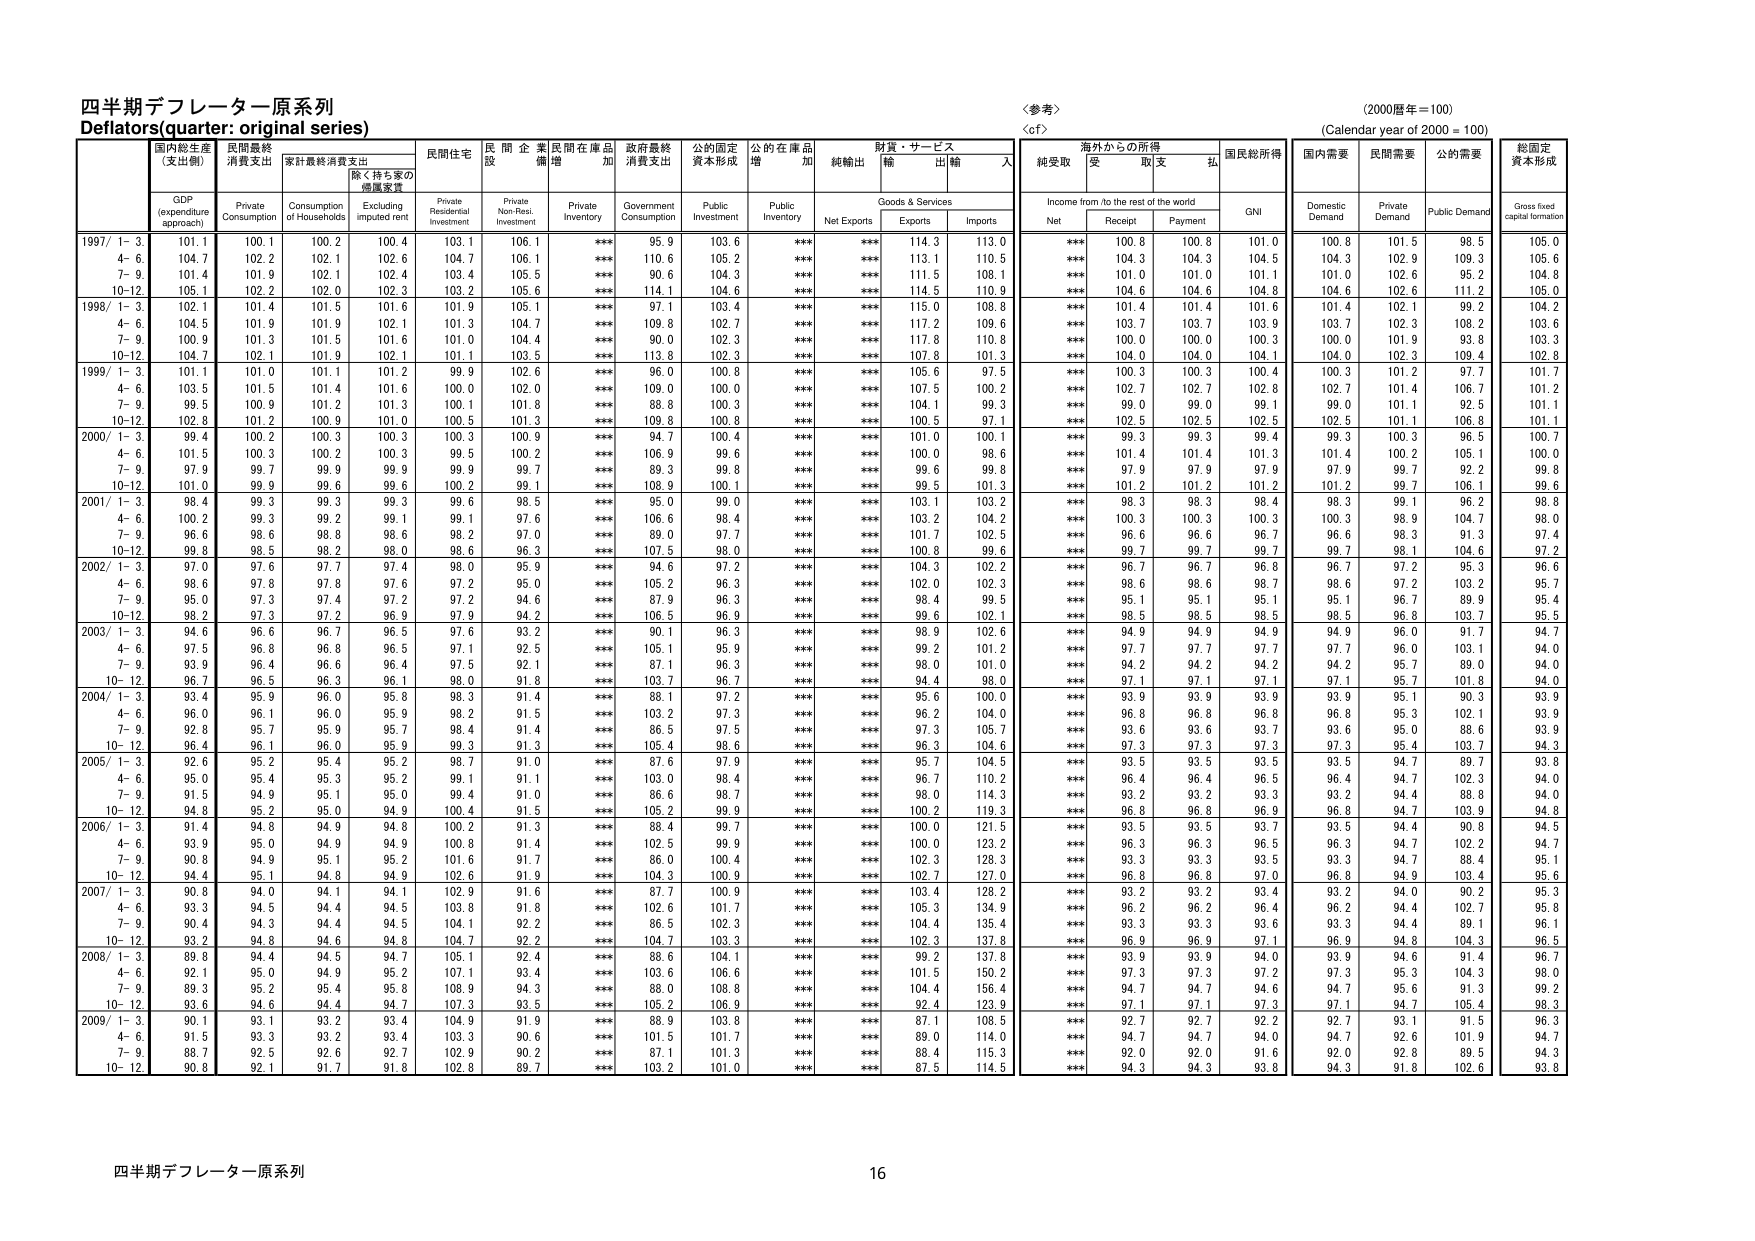
四半期デフレーター原系列
Deflators (quarter: original series)

〈参考〉
〈cf〉
(2000暦年＝100)
(Calendar year of 2000 = 100)

国内総生産
(支出側)
GDP
(expenditure approach)

民間最終
消費支出
Private
Consumption

家計最終消費支出
Consumption
of Households

除く持ち家の
賃貸家賃
Excluding
imputed rent

民間住宅
投資
Private
Residential
Investment

民 間 企 業
非住宅投資
Non-Resi.
Investment

民間在庫品
増加
Private
Inventory

政府最終
消費支出
Government
Consumption

公的固定
資本形成
Public
Investment

公的在庫品
増加
Public
Inventory

純輸出
Net Exports

財貨・サービス
輸出
Exports

財貨・サービス
輸入
Imports

海外からの所得
Income from /to the rest of the world

純受取
Net

受取
Receipt

支払
Payment

国民総所得
GNI

国内需要
Domestic
Demand

民間需要
Private
Demand

公的需要
Public Demand

総固定
資本形成
Gross fixed
capital formation

1997/ 1- 3.
101.1
100.1
100.2
100.4
103.1
106.1
***
95.9
103.6
***
***
114.3
113.0
***
100.8
100.8
101.0
100.8
101.5
98.5
105.0

4- 6.
104.7
102.2
102.1
102.6
104.7
106.1
***
110.6
105.2
***
***
113.1
110.5
***
104.3
104.3
104.5
104.3
102.9
109.3
105.6

7- 9.
101.4
101.9
102.1
102.4
103.4
105.5
***
90.6
104.3
***
***
111.5
108.1
***
101.0
101.0
101.1
101.0
102.6
95.2
104.8

10-12
105.1
102.2
102.0
102.3
103.2
105.6
***
114.1
104.6
***
***
114.5
110.9
***
104.6
104.6
104.8
104.6
102.6
111.2
105.0

1998/ 1- 3.
102.1
101.4
101.5
101.6
101.9
105.1
***
97.1
103.4
***
***
115.0
108.8
***
101.4
101.4
101.6
101.4
102.1
99.2
104.2

4- 6.
104.5
101.9
101.9
102.1
101.3
104.7
***
109.8
102.7
***
***
117.2
109.6
***
103.7
103.7
103.9
103.7
102.3
108.2
103.6

7- 9.
100.9
101.3
101.5
101.6
101.0
104.4
***
90.0
102.3
***
***
117.8
110.8
***
100.0
100.0
100.3
100.0
101.9
93.8
103.3

10-12
104.7
102.1
101.9
102.1
101.1
103.5
***
113.8
102.3
***
***
107.8
101.3
***
104.0
104.0
104.1
104.0
102.3
109.4
102.8

1999/ 1- 3.
101.1
101.0
101.1
101.2
99.9
102.6
***
96.0
100.8
***
***
105.6
97.5
***
100.3
100.3
100.4
100.3
101.2
97.7
101.7

4- 6.
103.5
101.5
101.4
101.6
100.0
102.0
***
109.0
100.0
***
***
107.5
100.2
***
102.7
102.7
102.8
102.7
101.4
106.7
101.2

7- 9.
99.5
100.9
101.2
101.3
100.1
101.8
***
88.8
100.3
***
***
104.1
99.3
***
99.0
99.0
99.1
99.0
101.1
92.5
101.1

10-12
102.8
101.2
100.9
101.0
100.5
101.3
***
109.8
100.8
***
***
100.5
97.1
***
102.5
102.5
102.5
102.5
101.1
106.8
101.1

2000/ 1- 3.
99.4
100.2
100.3
100.3
100.3
100.9
***
94.7
100.4
***
***
101.0
100.1
***
99.3
99.3
99.4
99.3
100.3
96.5
100.7

4- 6.
101.5
100.3
100.2
100.3
99.5
100.2
***
106.9
99.6
***
***
100.0
98.6
***
101.4
101.4
101.3
101.4
100.2
105.1
100.0

7- 9.
97.9
99.7
99.9
99.9
99.9
99.7
***
89.3
99.8
***
***
99.6
99.8
***
97.9
97.9
97.9
97.9
99.7
92.2
99.8

10-12
101.0
99.9
99.6
99.6
100.2
99.1
***
108.9
100.1
***
***
99.5
101.3
***
101.2
101.2
101.2
101.2
99.7
106.1
99.6

2001/ 1- 3.
98.4
99.3
99.3
99.3
99.6
98.5
***
95.0
99.0
***
***
103.1
103.2
***
98.3
98.3
98.4
98.3
99.1
96.2
98.8

4- 6.
100.2
99.3
99.2
99.1
99.1
97.6
***
106.6
98.4
***
***
103.2
104.2
***
100.3
100.3
100.3
100.3
98.9
104.7
98.0

7- 9.
96.6
98.6
98.8
98.6
98.2
97.0
***
89.0
97.7
***
***
101.7
102.5
***
96.6
96.6
96.7
96.6
98.3
91.3
97.4

10-12
99.8
98.5
98.2
98.0
98.6
96.3
***
107.5
98.0
***
***
100.8
99.6
***
99.7
99.7
99.7
99.7
98.1
104.6
97.2

2002/ 1- 3.
97.0
97.6
97.7
97.4
98.0
95.9
***
94.6
97.2
***
***
104.3
102.2
***
96.7
96.7
96.8
96.7
97.2
95.3
96.6

4- 6.
98.6
97.8
97.8
97.6
97.2
95.0
***
105.2
96.3
***
***
102.0
102.3
***
98.6
98.6
98.7
98.6
97.2
103.2
95.7

7- 9.
95.0
97.3
97.4
97.2
97.2
94.6
***
87.9
96.3
***
***
98.4
99.5
***
95.1
95.1
95.1
95.1
96.7
89.9
95.4

10-12
98.2
97.3
97.2
96.9
97.9
94.2
***
106.5
96.9
***
***
99.6
102.1
***
98.5
98.5
98.5
98.5
96.8
103.7
95.5

2003/ 1- 3.
94.6
96.6
96.7
96.5
97.6
93.2
***
90.1
96.3
***
***
98.9
102.6
***
94.9
94.9
94.9
94.9
96.0
91.7
94.7

4- 6.
97.5
96.8
96.8
96.5
97.1
92.5
***
105.1
95.9
***
***
99.2
101.2
***
97.7
97.7
97.7
97.7
96.0
103.1
94.0

7- 9.
93.9
96.4
96.6
96.4
97.5
92.1
***
87.1
96.3
***
***
98.0
101.0
***
94.2
94.2
94.2
94.2
95.7
89.0
94.0

10-12
96.7
96.5
96.3
96.1
98.0
91.8
***
103.7
96.7
***
***
94.4
98.0
***
97.1
97.1
97.1
97.1
95.7
101.8
94.0

2004/ 1- 3.
93.4
95.9
96.0
95.8
98.3
91.4
***
88.1
97.2
***
***
95.6
100.0
***
93.9
93.9
93.9
93.9
95.1
90.3
93.9

4- 6.
96.0
96.1
96.0
95.9
98.2
91.5
***
103.2
97.3
***
***
96.2
104.0
***
96.8
96.8
96.8
96.8
95.3
102.1
93.9

7- 9.
92.8
95.7
95.9
95.7
98.4
91.4
***
86.5
97.5
***
***
97.3
105.7
***
93.6
93.6
93.7
93.6
95.0
88.6
93.9

10-12
96.4
96.1
96.0
95.9
99.3
91.3
***
105.4
98.6
***
***
96.3
104.6
***
97.3
97.3
97.3
97.3
95.4
103.7
94.3

2005/ 1- 3.
92.6
95.2
95.4
95.2
98.7
91.0
***
87.6
97.9
***
***
95.7
104.5
***
93.5
93.5
93.5
93.5
94.7
89.7
93.8

4- 6.
95.0
95.4
95.3
95.2
99.1
91.1
***
103.0
98.4
***
***
96.7
110.2
***
96.4
96.4
96.5
96.4
94.7
102.3
94.0

7- 9.
91.5
94.9
95.1
95.0
99.4
91.0
***
86.6
98.7
***
***
98.0
114.3
***
93.2
93.2
93.3
93.2
94.4
88.8
94.0

10-12
94.8
95.2
95.0
94.9
100.4
91.5
***
105.2
99.9
***
***
100.2
119.3
***
96.8
96.8
96.9
96.8
94.7
103.9
94.8

2006/ 1- 3.
91.4
94.6
94.9
94.8
100.2
91.3
***
88.4
99.7
***
***
100.0
121.5
***
93.5
93.5
93.7
93.5
94.4
90.8
94.5

4- 6.
93.9
95.0
94.9
94.9
100.8
91.4
***
102.5
99.9
***
***
100.0
123.2
***
96.3
96.3
96.5
96.3
94.7
102.2
94.7

7- 9.
90.8
94.9
95.1
95.2
101.6
91.7
***
86.0
100.4
***
***
102.3
128.3
***
93.3
93.3
93.5
93.3
94.7
89.4
95.1

10-12
94.4
95.1
94.8
94.9
102.6
91.9
***
104.3
100.9
***
***
102.7
127.0
***
96.8
96.8
97.0
96.8
94.9
103.4
95.6

2007/ 1- 3.
90.8
94.0
94.1
94.1
102.9
91.6
***
87.7
100.9
***
***
103.4
126.2
***
93.2
93.2
93.4
93.2
94.0
90.2
95.3

4- 6.
93.3
94.5
94.4
94.5
103.8
91.8
***
102.6
101.7
***
***
105.3
134.9
***
96.2
96.2
96.4
96.2
94.4
102.7
95.8

7- 9.
90.4
94.3
94.4
94.5
104.1
92.2
***
86.5
102.3
***
***
104.4
135.4
***
93.3
93.3
93.6
93.3
94.4
89.1
96.1

10-12
93.2
94.6
94.6
94.8
104.7
92.2
***
104.7
103.3
***
***
102.3
137.8
***
96.9
96.9
97.1
96.9
94.8
104.3
96.5

2008/ 1- 3.
89.8
94.4
94.5
94.7
105.1
92.4
***
88.6
104.1
***
***
99.2
137.8
***
93.9
93.9
94.0
93.9
94.6
91.4
96.7

4- 6.
92.1
95.0
94.9
95.2
107.1
93.4
***
103.6
106.6
***
***
101.5
150.2
***
97.3
97.3
97.2
97.3
95.3
104.3
98.0

7- 9.
89.3
95.2
95.4
95.8
108.9
94.3
***
88.0
108.8
***
***
104.4
156.4
***
94.7
94.7
94.6
94.7
95.6
91.3
99.2

10-12
93.6
94.6
94.4
94.7
107.3
93.5
***
105.2
106.9
***
***
92.4
123.9
***
97.1
97.1
97.3
97.1
94.7
105.4
98.3

2009/ 1- 3.
90.1
93.1
93.2
93.4
104.9
91.9
***
88.9
103.8
***
***
87.1
108.5
***
92.7
92.7
92.2
92.7
93.1
91.5
96.3

4- 6.
91.5
93.3
93.2
93.4
103.3
90.6
***
101.5
101.7
***
***
89.0
114.0
***
94.7
94.7
94.0
94.7
92.6
101.9
94.7

7- 9.
88.7
92.5
92.6
92.7
102.9
90.2
***
87.1
101.3
***
***
88.4
115.3
***
92.0
92.0
91.6
92.0
92.8
89.5
94.3

10-12
90.8
92.1
91.7
91.8
102.8
89.7
***
103.2
101.0
***
***
87.5
114.5
***
94.3
94.3
93.8
94.3
91.8
102.6
93.8

四半期デフレーター原系列
16